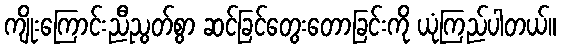
ကျိုးကြောင်းညီညွတ်စွာ ဆင်ခြင်တွေးတောခြင်းကို ယုံကြည်ပါတယ်။